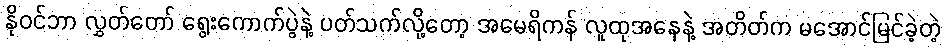
နိုဝင်ဘာ လွှတ်တော် ရွေးကောက်ပွဲနဲ့ ပတ်သက်လို့တော့ အမေရိကန် လူထုအနေနဲ့ အတိတ်က မအောင်မြင်ခဲ့တဲ့